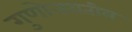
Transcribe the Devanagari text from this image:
गुणोत्तरातील